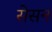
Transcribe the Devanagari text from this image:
सेसन